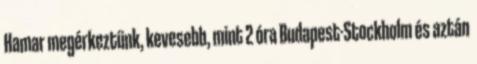
Hamar megérkeztünk, kevesebb, mint 2 óra Budapest-Stockholm és aztán